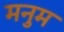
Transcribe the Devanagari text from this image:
मनुम